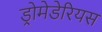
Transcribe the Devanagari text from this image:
ड्रोमेडेरियस